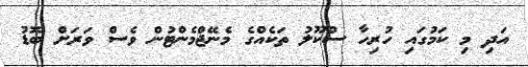
އަދި މި ކަމުގައި ހުރިހާ ސްކޫލު ތަކެއްގެ މެނޭޖްމެންޓުން ވެސް ވަރަށް ބޮޑު